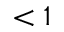
< 1